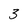
Character: 3